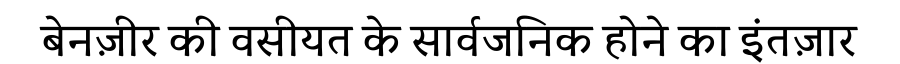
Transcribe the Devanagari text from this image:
बेनज़ीर की वसीयत के सार्वजनिक होने का इंतज़ार